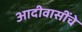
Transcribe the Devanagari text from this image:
आदीवासींचे